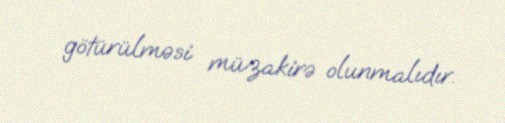
götürülməsi müzakirə olunmalıdır.